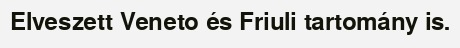
Elveszett Veneto és Friuli tartomány is.